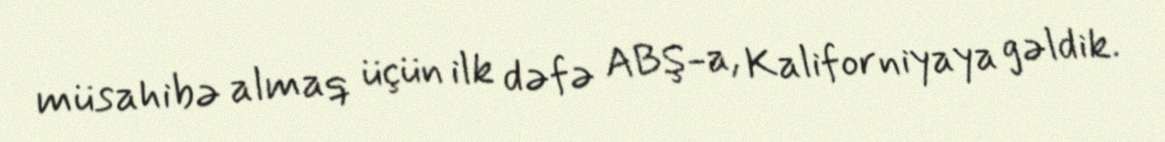
müsahibə almaq üçün ilk dəfə ABŞ-a, Kaliforniyaya gəldik.